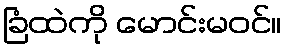
ခြံထဲကို မောင်းမဝင်။